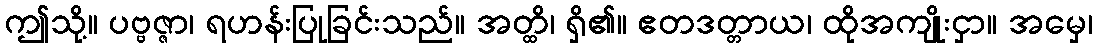
ဤသို့။ ပဗ္ဗဇ္ဇာ၊ ရဟန်းပြုခြင်းသည်။ အတ္ထိ၊ ရှိ၏။ ဧတဒတ္တာယ၊ ထိုအကျိုးငှာ။ အမှေ၊